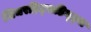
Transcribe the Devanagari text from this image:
सिचरहिट्सडिन्ट्स